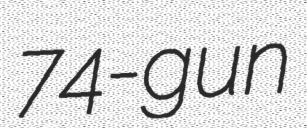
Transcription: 74-gun